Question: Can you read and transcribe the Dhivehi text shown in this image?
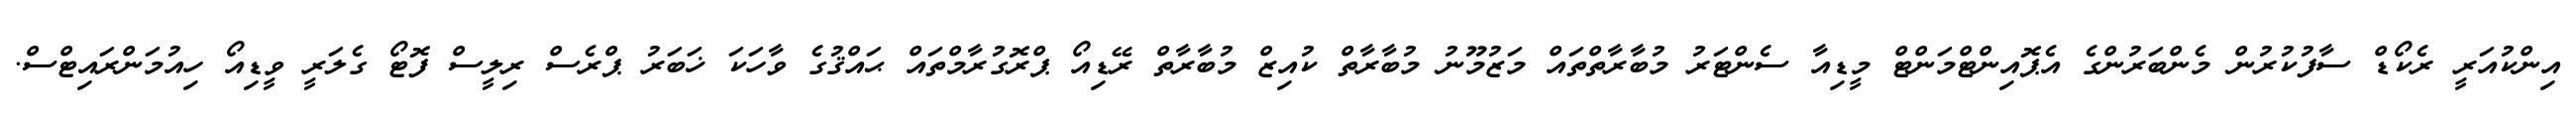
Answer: އިންކުއަރީ ރެކޯޑް ސާފުކުރުން މެންބަރުންގެ އެޕޮއިންޓްމަންޓް މީޑިއާ ސެންޓަރު މުބާރާތްތައް މަޒުމޫނު މުބާރާތް ކުއިޒް މުބާރާތް ރޭޑިއޯ ޕްރޮގުރާމްތައް ޙައްޤުގެ ވާހަކަ ޚަބަރު ޕްރެސް ރިލީސް ފޮޓޯ ގެލަރީ ވީޑިއޯ ހިއުމަންރައިޓްސް.